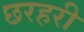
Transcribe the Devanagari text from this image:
छरहरी